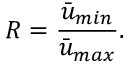
R = \frac { \Bar { u } _ { m i n } } { \Bar { u } _ { m a x } } .